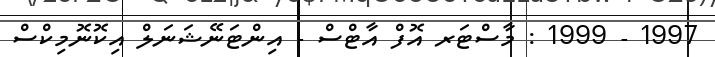
1997 - 1999 : މާސްޓަރ އޮފް އާޓްސް - އިންޓަނޭޝަނަލް އިކޮނޮމިކްސް